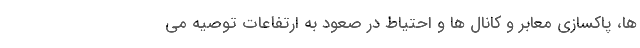
ها، پاکسازی معابر و کانال ها و احتیاط در صعود به ارتفاعات توصیه می